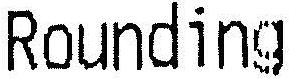
ROUNDING